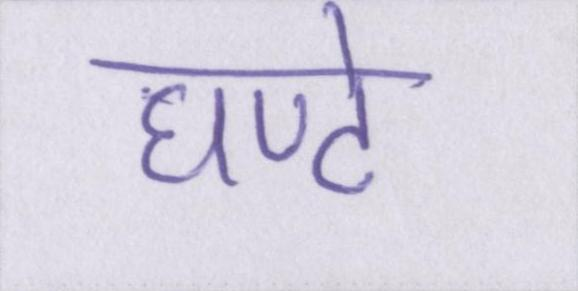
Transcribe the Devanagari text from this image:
घण्टे